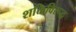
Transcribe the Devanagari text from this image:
शक्तिविरूद्ध